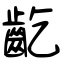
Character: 齕